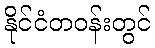
နိုင်ငံတဝန်းတွင်